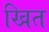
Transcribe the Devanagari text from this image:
खित